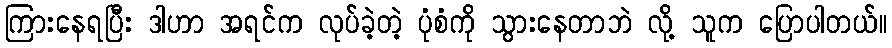
ကြားနေရပြီး ဒါဟာ အရင်က လုပ်ခဲ့တဲ့ ပုံစံကို သွားနေတာဘဲ လို့ သူက ပြောပါတယ်။